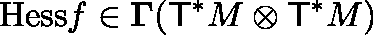
\displaystyle { \mathrm { H e s s } } f \in \mathbf { \Gamma } ( { \mathsf { T } } ^ { * } M \otimes { \mathsf { T } } ^ { * } M )